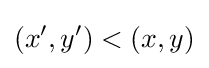
({x}',{y}')<(x,y)